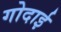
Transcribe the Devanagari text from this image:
गोदाई